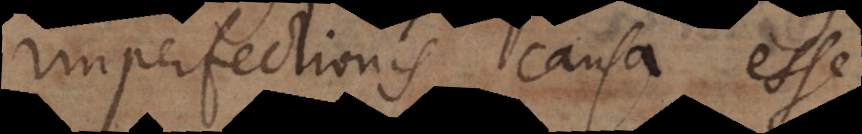
imperfectionis causa esse